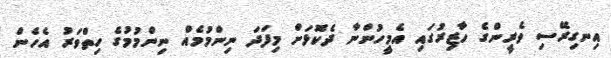
އިނގިރޭސި ވެރީންގެ ހާޒިރުގައި އެމީހުންނާ ދެކޮޅަށް މިފަދަ ނިންމުމެއް ނިންމުމުގެ ހިތްވަރު އެހެން